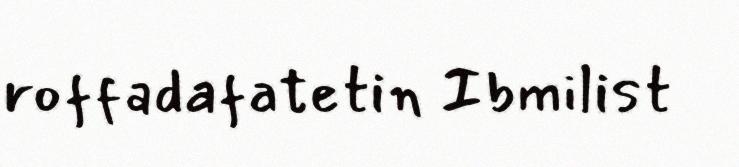
roffadafatetin Ibmilist